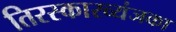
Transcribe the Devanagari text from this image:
तिरस्कारव्यंजका